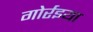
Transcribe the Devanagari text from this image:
गोर्रइया